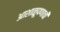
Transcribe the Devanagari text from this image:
आशाळूपणाची